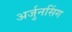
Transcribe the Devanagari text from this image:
अर्जुनसिंग